Report of an investigation of the epidemic of malarial fever in Assam, or, kala-azar
Disease focus: Malaria
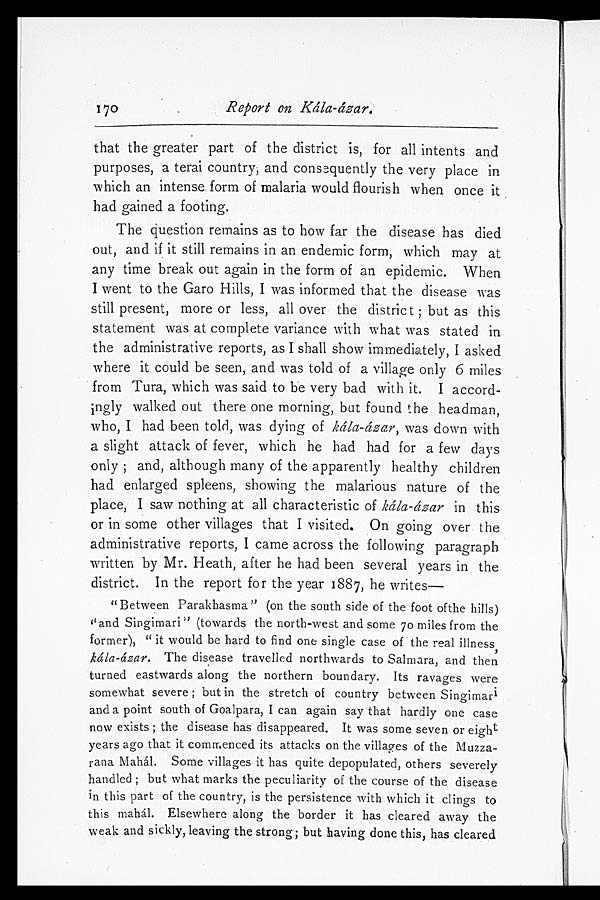
170
Report on Kála-ázar.
that the greater part of the district is, for all intents and
purposes, a terai country; and consequently the very place in
which an intense form of malaria would flourish when once it
had gained a footing.
The question remains as to how far the disease has died
out, and if it still remains in an endemic form, which may at
any time break out again in the form of an epidemic. When
I went to the Garo Hills, I was informed that the disease was
still present, more or less, all over the district; but as this
statement was at complete variance with what was stated in
the administrative reports, as I shall show immediately, I asked
where it could be seen, and was told of a village only 6 miles
from Tura, which was said to be very bad with it. I accord-
ingly walked out there one morning, but found the headman,
who, I had been told, was dying of kála-ázar, was down with
a slight attack of fever, which he had had for a few days
only; and, although many of the apparently healthy children
had enlarged spleens, showing the malarious nature of the
place, I saw nothing at all characteristic of kála-ázar in this
or in some other villages that I visited, On going over the
administrative reports, I came across the following paragraph
written by Mr. Heath, after he had been several years in the
district. In the report for the year 1887, he writes
—
"Between Parakhasma" (on the south side of the foot of the hills)
"and Singimari" (towards the north-west and some 70 miles from the
former), "it would be hard to find one single case of the real illness,
kála-ázar. The disease travelled northwards to Salmara, and then
turned eastwards along the northern boundary. Its ravages were
somewhat severe; but in the stretch of country between Singimari
and a point south of Goalpara, I can again say that hardly one case
now exists; the disease has disappeared. It was some seven or eight
years ago that it commenced its attacks on the villages of the Muzza-
rana Mahál. Some villages it has quite depopulated, others severely
handled; but what marks the peculiarity of the course of the disease
in this part of the country, is the persistence with which it clings to
this mahál. Elsewhere along the border it has cleared away the
weak and sickly, leaving the strong; but having done this, has cleared